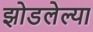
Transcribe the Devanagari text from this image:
झोडलेल्या